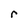
Character: r